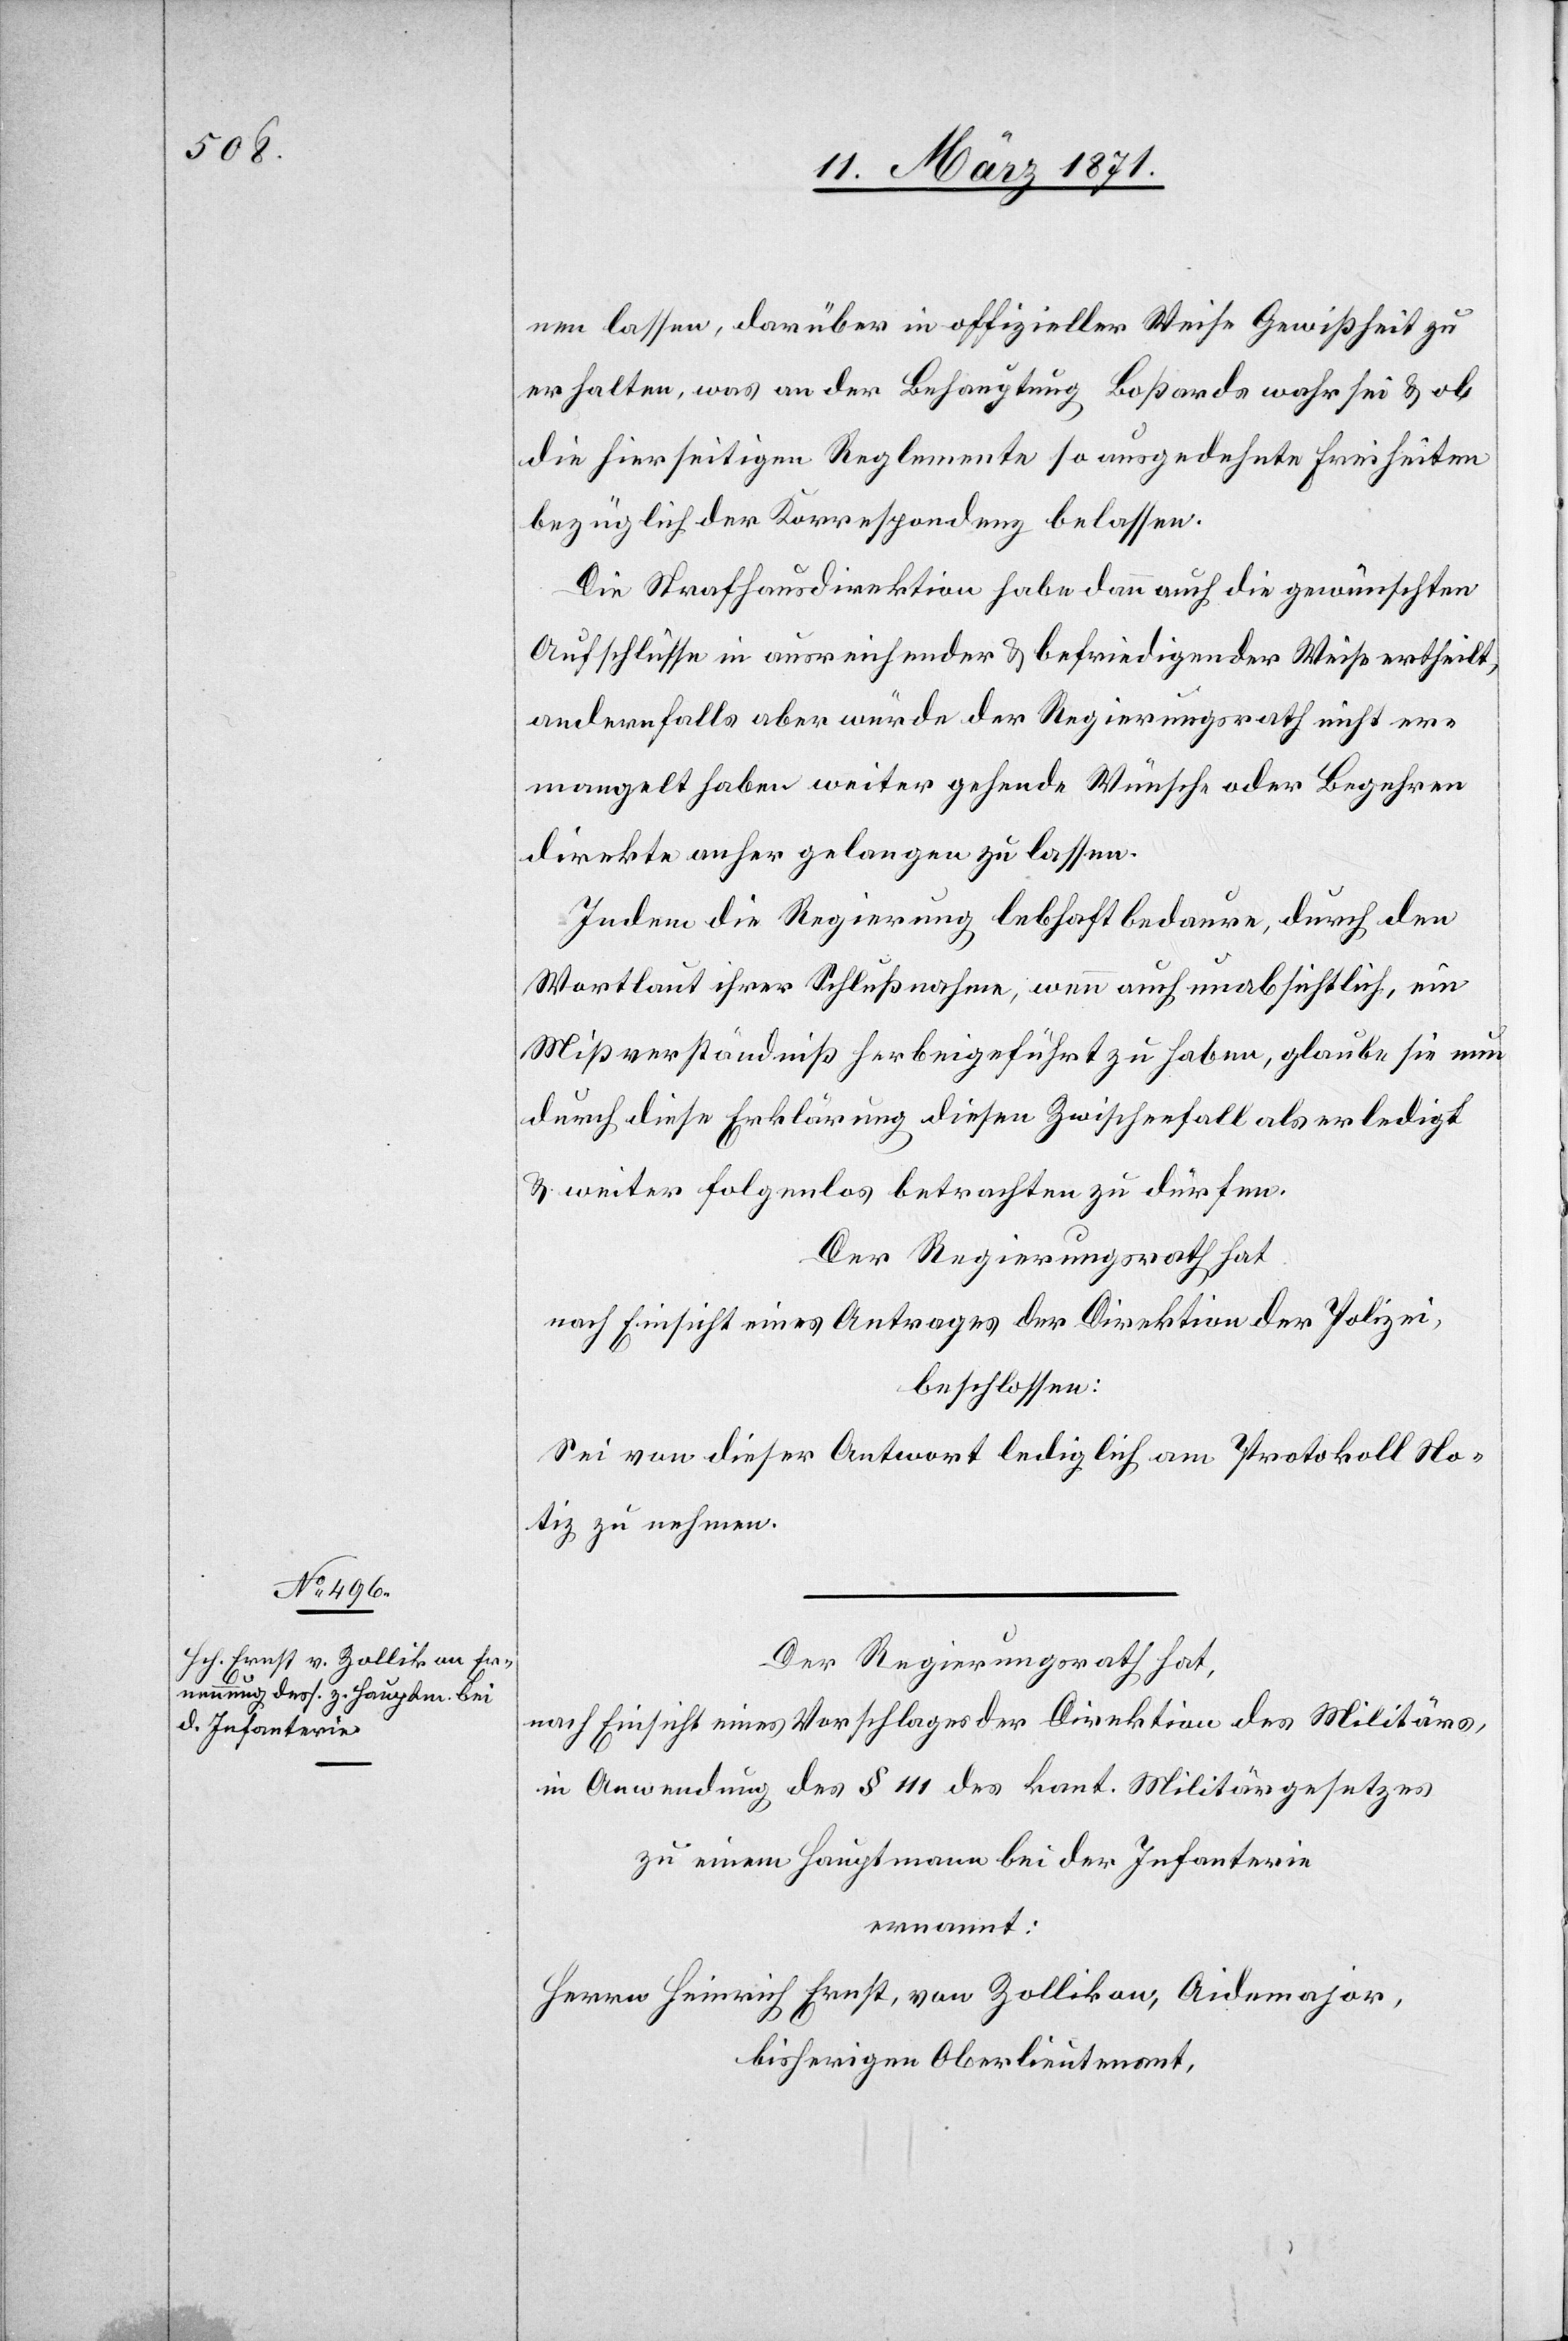
nen lassen, darüber in offizieller Weise Gewißheit zu
erhalten, was an der Behauptung Boßards wahr sei u. ob
die hierseitigen Reglemente so ausgedehnte Freiheiten
bezüglich der Korrespondenz belassen.
Die Strafhausdirektion habe dann auch die gewünschten
Aufschlüsse in ausreichender u. befriedigender Weise ertheilt,
andernfalls aber würde der Regierungsrath nicht er¬
mangelt haben weiter gehende Wünsche oder Begehren
direkte anher gelangen zu lassen.
Indem die Regierung lebhaft bedaure, durch den
Wortlaut ihrer Schlußnahme, wenn auch unabsichtlich, ein
Mißverständniß herbeigeführt zu haben, glaube sie nun
durch diese Erklärung diesen Zwischenfall als erledigt
u. weiter folgenlos betrachten zu dürfen.
Der Regierungsrath hat
nach Einsicht eines Antrages der Direktion der Polizei,
beschlossen:
Sei von dieser Antwort lediglich am Protokoll No¬
tiz zu nehmen.
Der Regierungsrath hat,
nach Einsicht eines Vorschlages der Direktion des Militärs,
in Anwendung des § 111 des kant. Militärgesetzes
zu einem Hauptmann bei der Infanterie
ernannt:
Herrn Heinrich Ernst, von Zollikon, Aidemajor,
bisherigen Oberlieutenant,